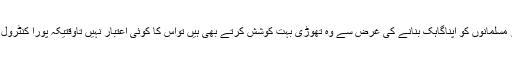
کاروبار کو آگے بڑھانے اور مسلمانوں کو اپناگاہک بنانے کی غرض سے وہ تھوڑی بہت کوشش کرتے بھی ہیں تواس کا کوئی اعتبار نہیں تاوقتیکہ پورا کنٹرول معتبر ہاتھوں میں نہ آجائے ۔